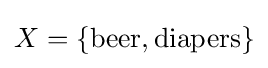
X=\{\mathrm {beer,diapers} \}